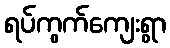
ရပ်ကွက်ကျေးရွာ